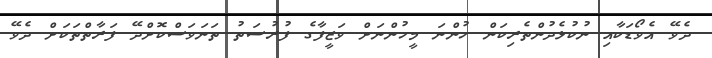
ދެވޭ އެވޯޑަކާއި ނުކުޅެދުންތެރިކަން ހުންނަ މީހުންނަށް ވަޒީފާގެ ފުރުސަތު ތަނަވަސްކޮށްދޭ ފަރާތްތަކަށް ދެވޭ